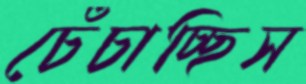
চেঁচাচ্ছিস